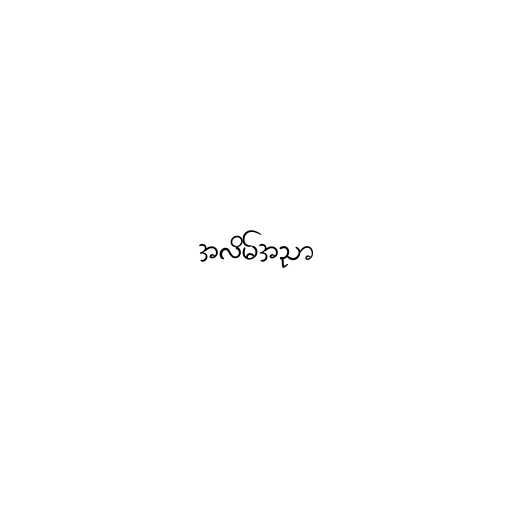
အလိမ်အညာ